King Institute of Preventive Medicine Micro-Biological Section reports 1912-19
Year: 1912
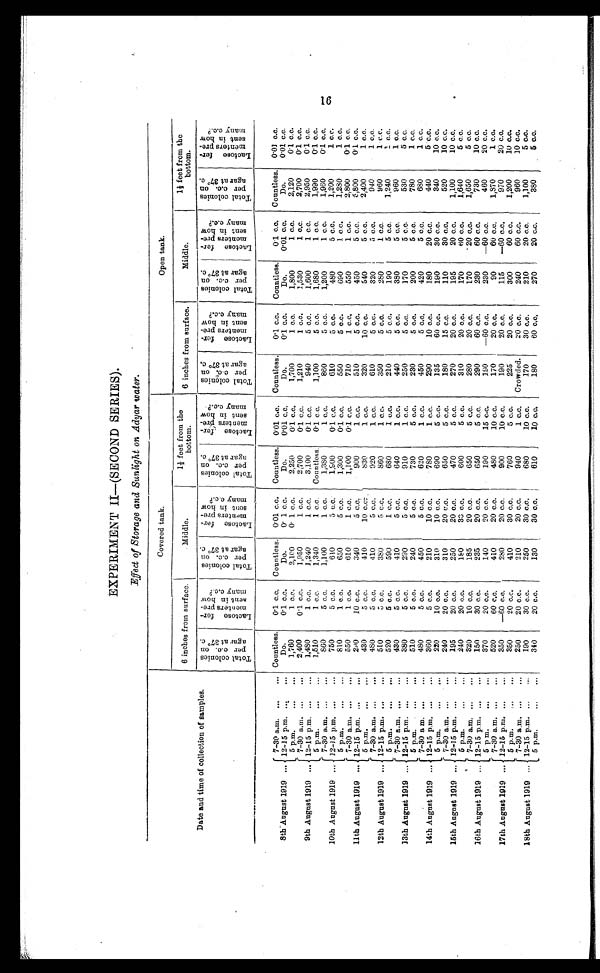
EXPERIMENT II—(SECOND SERIES).
Effect of Storage and Sunlight on Adyar water.
Date and time of collection of samples.
Covered tank.
Open tank.
6 inches from surface.
Middle.
1 1/2 feet from the
bottom.
6 inches from surface.
Middle.
1 1/2 feet from the
bottom.
Total colonies
per c. c. on agar at 37º c.
Lactose fer-
menters pre-
sent in how
many c.c.?
Total colonies
per c.c. on
agar at 37º c.
Lactose fer-
menters pre-
sent in how
many c.c.?
Total colonies
per c.c. on
agar at 37º c.
Lact ose fer-
ment ers pre-
sent in how
many c.c.?
Total colonies
per c.c. on
agar at 37º c.
Lactose fer-
menters pre-
sent in how
many c.c.?
Total colonies
per c.c. on
agar at 37º c.
Lact ose fer-
ment ers pre-
sent i n how
many c. c. ?
Total colonies
per c.c. on
agar at 37º c.
Lactose fer-
ment ers pre-
sent in how
many c.c.?
8th August 1919 ...
7-30 a.m. ...
... Countless.
0.1 c.c.
Countless. 0.01 c.c.
Countless. 0.01 c.c.
Countless.
0.1 c.c.
Countless.
0.1 c.c.
Countless. 0.01 c.c.
12-15 p.m. ...
...
Do.
0.1 c.c.
Do.
0. 1 c.c.
Do.
0.01 c.c.
Do.
0.1 c.c.
Do.
0.01 c.c.
Do.
0.01 c.c.
5 p.m.
...
...
1,760
1 c.c.
2,100
0. 1 c.c.
2,250
0.1 c.c.
1,700
1 c.c.
1,800
1 c.c.
2,120
0.1 c.c.
7-30 a.m. ....
...
2,400
0.1 c.c.
1,950
1 c.c.
2,700
0.l c.c.
1,210
1 c.c.
1,530
1 c.c.
2,700
0.1 c.c.
9th August 1919 ... 12-15 p.m. ...
...
1,480
1 c.c.
1,240
1 c.c.
3,100
0.1 c.c.
940
5 c.c.
1,600
1 c.c.
2,950
01 c.c.
5 p.m.
...
...
1,510
1 c.c.
1,340
1 c.c.
Countless.
0.1 c.c.
1,100
5 c.c.
1,680
1 c.c.
1,990
0.1 c.c.
7-30 a.m. ...
...
860
5 c.c.
1,100
1 c.c.
1,380
1 c.c.
860
5 c.c.
1,200
1 c.c.
1,960
0.1 c.c.
10th August 1919 ... 12-15 p.m. ...
...
750
5 c.c.
610
5 c.c.
1,900
0.1 c.c.
610
5 c.c.
480
5 c.c.
1,200
1 c.c.
5 p.m.
...
...
810
1 c.c.
650
5 c.c.
1,300
0.1 c.c.
550
5 c.c.
690
1 c.c.
1,280
1 c.c.
7-30 a.m. ...
...
550
1 c.c.
610
1 c.c.
1,100
0.1 c.c.
710
1 c.c.
550
1 c.c.
2,800
01 c.c.
11th August 1919 ... 12-15 p.m. ...
...
280
10 c.c.
340
5 c.c.
900
1 c.c.
510
5 c.c.
450
5 c.c.
5,800
0.1 c.c.
5 p.m.
...
...
430
5 c.c.
410
10 c.c.
830
1 c.c.
320
10 c.c.
540
5 c.c.
2,400
1 c.c.
7-30 a.m. ...
...
480
5 c.c.
410
5 c.c.
920
1 c.c.
610
5 c.c.
320
5 c.c.
940
1 c.c.
12th August 1919 ... 12-15 p.m. ...
...
510
5 c.c.
380
5 c.c.
860
1 c.c.
350
5 c.c.
280
1 c.c.
960
1 c.c.
5p.m.
...
...
520
5 c.c.
590
1 c.c.
680
1 c.c.
210
5 c.c.
190
5 c.c.
1,240
1 c.c.
7-30 a.m. ...
...
430
5 c.c.
410
5 c.c.
640
1 c.c.
440
5 c.c.
380
5 c.c.
960
1 c.c.
13th August 1919 ... 12-15 p.m. ...
...
380
5 c.c.
290
5 c.c.
910
1 c.c.
250
5 c.c.
170
5 c.c.
530
5 c.c.
5 p.m.
....
...
510
5 c.c.
240
5 c.c.
730
5 c.c.
230
5 c.c.
200
5 c.c.
780
1 c.c.
7-30 a m. ...
...
480
5 c.c.
450
5 c.c.
620
1 c.c.
450
5 c.c.
420
5 c.c.
680
1 c.c.
14th August 1919 ... 12-15 p.m. ...
...
360
5 c.c.
210
10 c.c.
780
1 c.c.
290
10 c.c.
180
20 c.c.
440
5 c.c.
5 p.m.
...
...
220
10 c.c.
310
10 c.c.
690
5 c.c.
135
60 c.c.
190
30 c.c.
340
10 c.c.
7-30 a.m. ...
...
240
20 c.c.
310
20 c.c.
650
5 c.c.
180
15 c.c.
110
30 c.c.
520
10 c.c.
15th August 1919 ... 12.-15 p.m. ...
...
195
20 c.c.
250
20 c.c.
470
5 c.c.
270
20 c.c.
195
20 c.c.
1,100
10 c.c.
5 p.m.
...
...
240
20 c.c.
180
33 c.c.
600
5 c.c.
310
20 c.c.
170
60 c.c.
1,640
5 c.c.
7-30 a.m. ...
...
320
10 c.c.
185
20 c.c.
650
5 c.c.
280
20 c.c.
170
20 c.c.
1,650
5 c.c.
16th August 1919 ... 12-15 p.m. ... . . .
. . .
150
30 c.c.
235
20 c.c.
650
5 c.c.
290
60 c.c.
230
60 c.c.
730
10 c.c.
5 p m.
...
...
370
20 c.c.
140
20 c.c.
190
15 c.c.
190
—60 c.c.
230
—60 c.c.
460
20 c.c.
7-30 a.m. ...
...
520
60 c.c.
410
20 c.o.
480
10 c.c.
170
20 c.c.
90
60 c.c.
1,870
1 c.c.
17th August 1919 ... 12-15 p.m. ...
...
350
—60 c.c.
280
20 c.c.
900
10 c.c.
190
20 c.c.
115
—60 c.c.
970
20 c.c.
5 p.m.
...
...
350
20 c.c.
410
30 c.c.
760
5 c.c.
225
20 c.c.
300
60 c.c.
1,200
10 c.c.
7-30 a.m. ...
...
250
20 c.c.
210
20 c.c.
940
1 c.c.
Crowded.
20 c.c.
240
60 c.c.
960
10 c.c
18th August 1919 ... 12-15 p.m. ... ...
190
30 c.c.
250
30 c.c.
680
10 c.c.
170
30 c.c.
210
20 c.c.
1,100
5 c.c.
5 p.m.
...
...
340
20 c.c.
130
30 c.c.
610
10 c.c.
180
60 c.c.
270
20 c.c.
380
5 c.c.
16